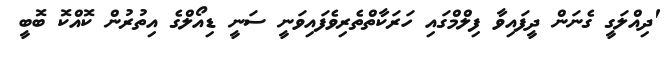
'ދިއްލަގީ ގެނަން ދީފައިވާ ފިލްމްގައި ހަރަކާތްތެރިވެފައިވަނީ ސަނީ ޑިއޯލްގެ އިތުރުން ކޮއްކޮ ބޮބީ